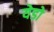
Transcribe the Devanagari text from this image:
येडो